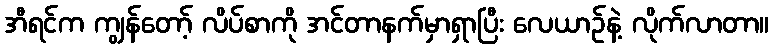
အီရင်က ကျွန်တော့် လိပ်စာကို အင်တာနက်မှာရှာပြီး လေယာဉ်နဲ့ လိုက်လာတာ။